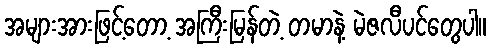
အများအားဖြင့်တော့ အကြီးမြန်တဲ့ တမာနဲ့ မဲဇလီပင်တွေပါ။